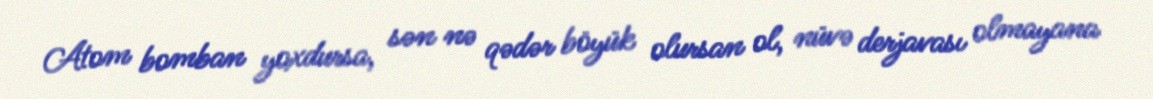
Atom bomban yoxdursa, sən nə qədər böyük olursan ol, nüvə derjavası olmayana